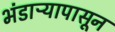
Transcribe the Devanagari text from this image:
भंडाऱ्यापासून